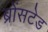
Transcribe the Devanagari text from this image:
ब्रोंसटेड